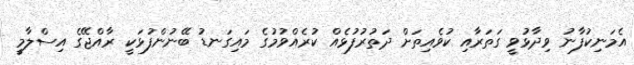
އެމަނިކުފާނު ވިދާޅުވީ ގަތަރާއި ކުވެއިތަށް ދަތުރުފުޅެއް ކުރެެއްވުމުގެ މައިގަނޑު ބޭނުންފުޅަކީ ރާއްޖޭގެ އިސްލާމީ